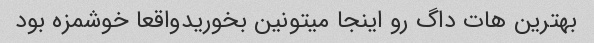
بهترین هات داگ رو اینجا میتونین بخوریدواقعا خوشمزه بود